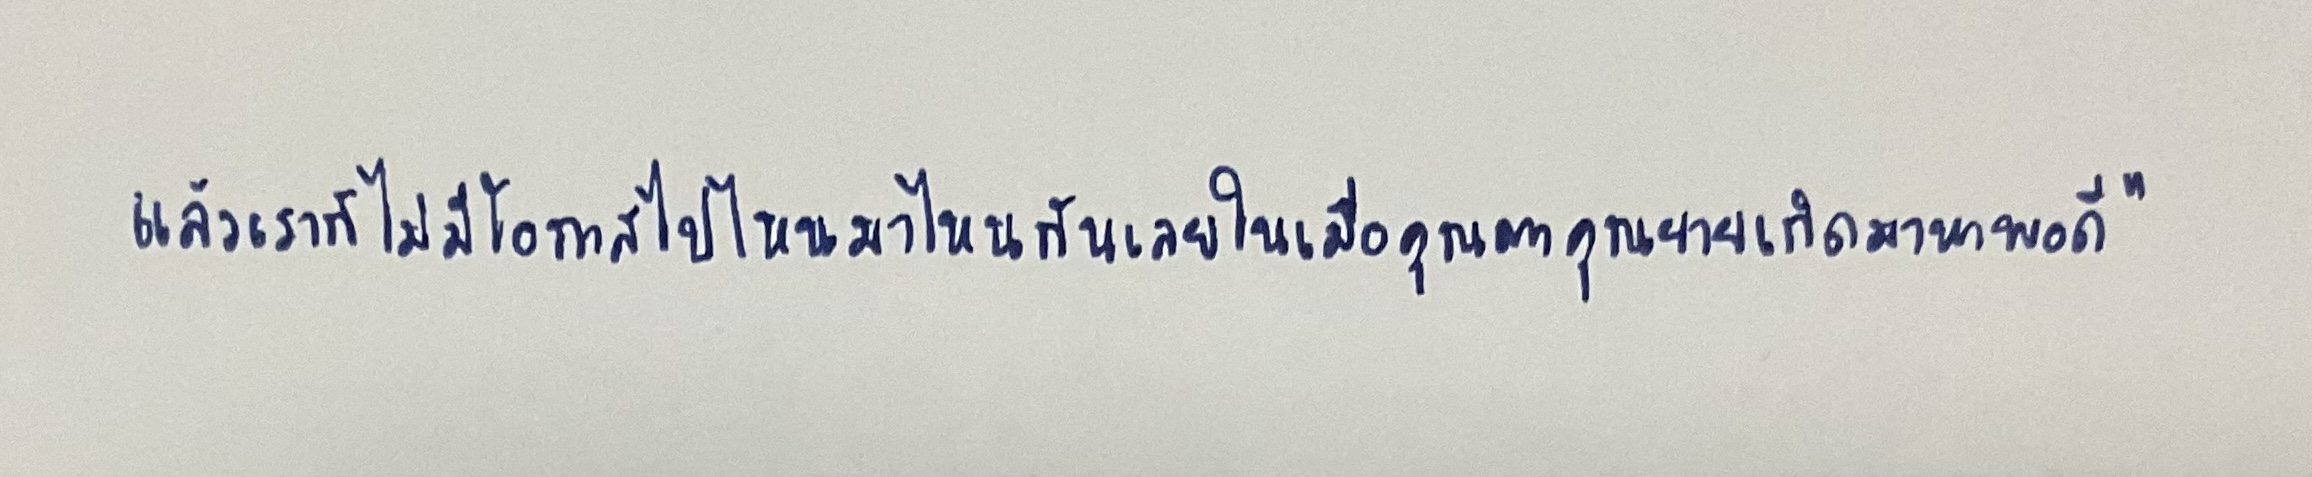
แล้วเราก็ไม่มีโอกาสไปไหนมาไหนกันเลยในเมื่อคุณตาคุณยายเกิดมาหาพอดี"